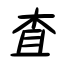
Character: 査